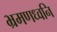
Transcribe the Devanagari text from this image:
भ्रमणध्वनि